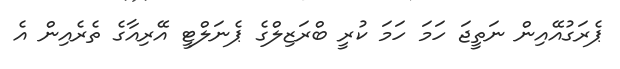
ޕެރަގުއޭއިން ނަތީޖަ ހަމަ ހަމަ ކުރީ ބްރަޒިލްގެ ޕެނަލްޓީ އޭރިއާގެ ތެރެއިން އެ